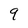
Character: 9